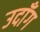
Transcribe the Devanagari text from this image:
उदाँग